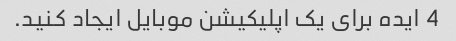
4 ایده برای یک اپلیکیشن موبایل ایجاد کنید.